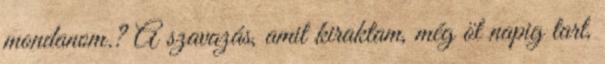
mondanom.? A szavazás, amit kiraktam, még öt napig tart,